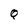
Character: Q